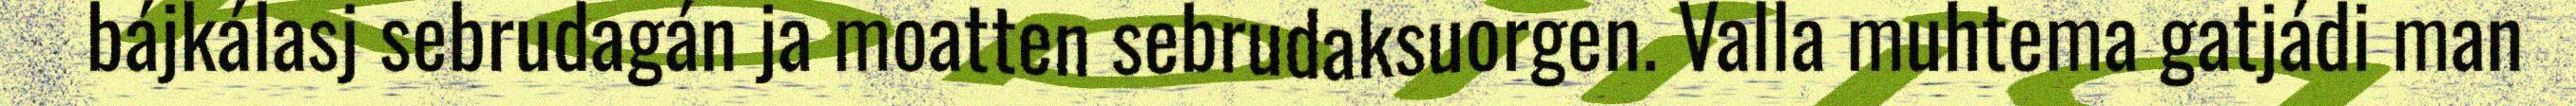
bájkálasj sebrudagán ja moatten sebrudaksuorgen. Valla muhtema gatjádi man